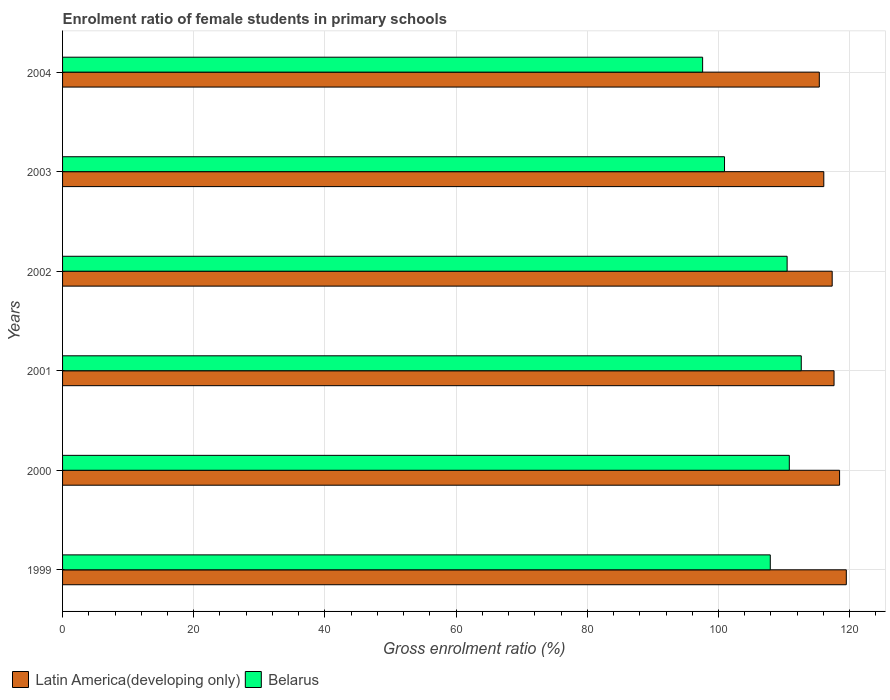
| Years | Latin America(developing only) | Belarus |
 | --- | --- | --- |
 | 1999 | 119 | 108 |
 | 2000 | 118 | 111 |
 | 2001 | 118 | 113 |
 | 2002 | 117 | 110 |
 | 2003 | 116 | 101 |
 | 2004 | 115 | 97.6 |